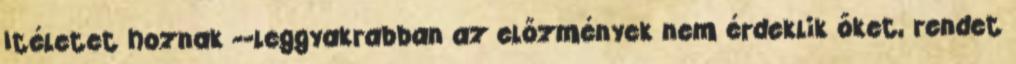
Itéletet hoznak --leggyakrabban az előzmények nem érdeklik őket, rendet